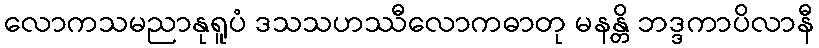
လောကသမညာနုရူပံ ဒသသဟဿီလောကဓာတု မနန္တိ ဘဒ္ဒကာပိလာနီ